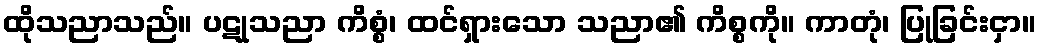
ထိုသညာသည်။ ပဋုသညာ ကိစ္စံ၊ ထင်ရှားသော သညာ၏ ကိစ္စကို။ ကာတုံ၊ ပြုခြင်းငှာ။